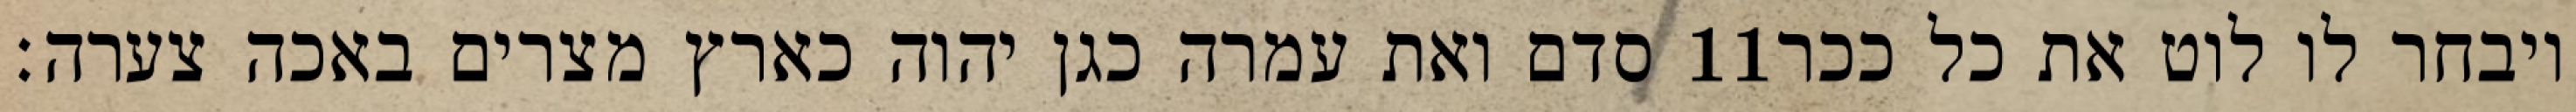
סדם ואת עמרה כגן יהוה כארץ מצרים באכה צערה׃ ‎11‏ ויבחר לו לוט את כל ככר